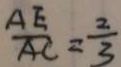
\frac { A E } { A C } = \frac { 2 } { 3 }